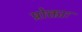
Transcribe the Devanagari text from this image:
प्रोक्ताः